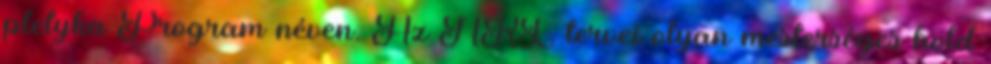
pletyka Program néven. Az NRL tervei olyan mesterséges hold